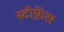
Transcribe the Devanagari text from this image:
स्टीफ़ेंस